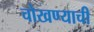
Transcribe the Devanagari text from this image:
चोखण्याची